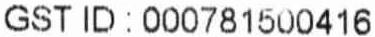
GST ID : 000781500416